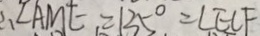
\therefore \angle A M E = 1 3 5 ^ { \circ } = \angle E C F